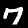
Digit: 7